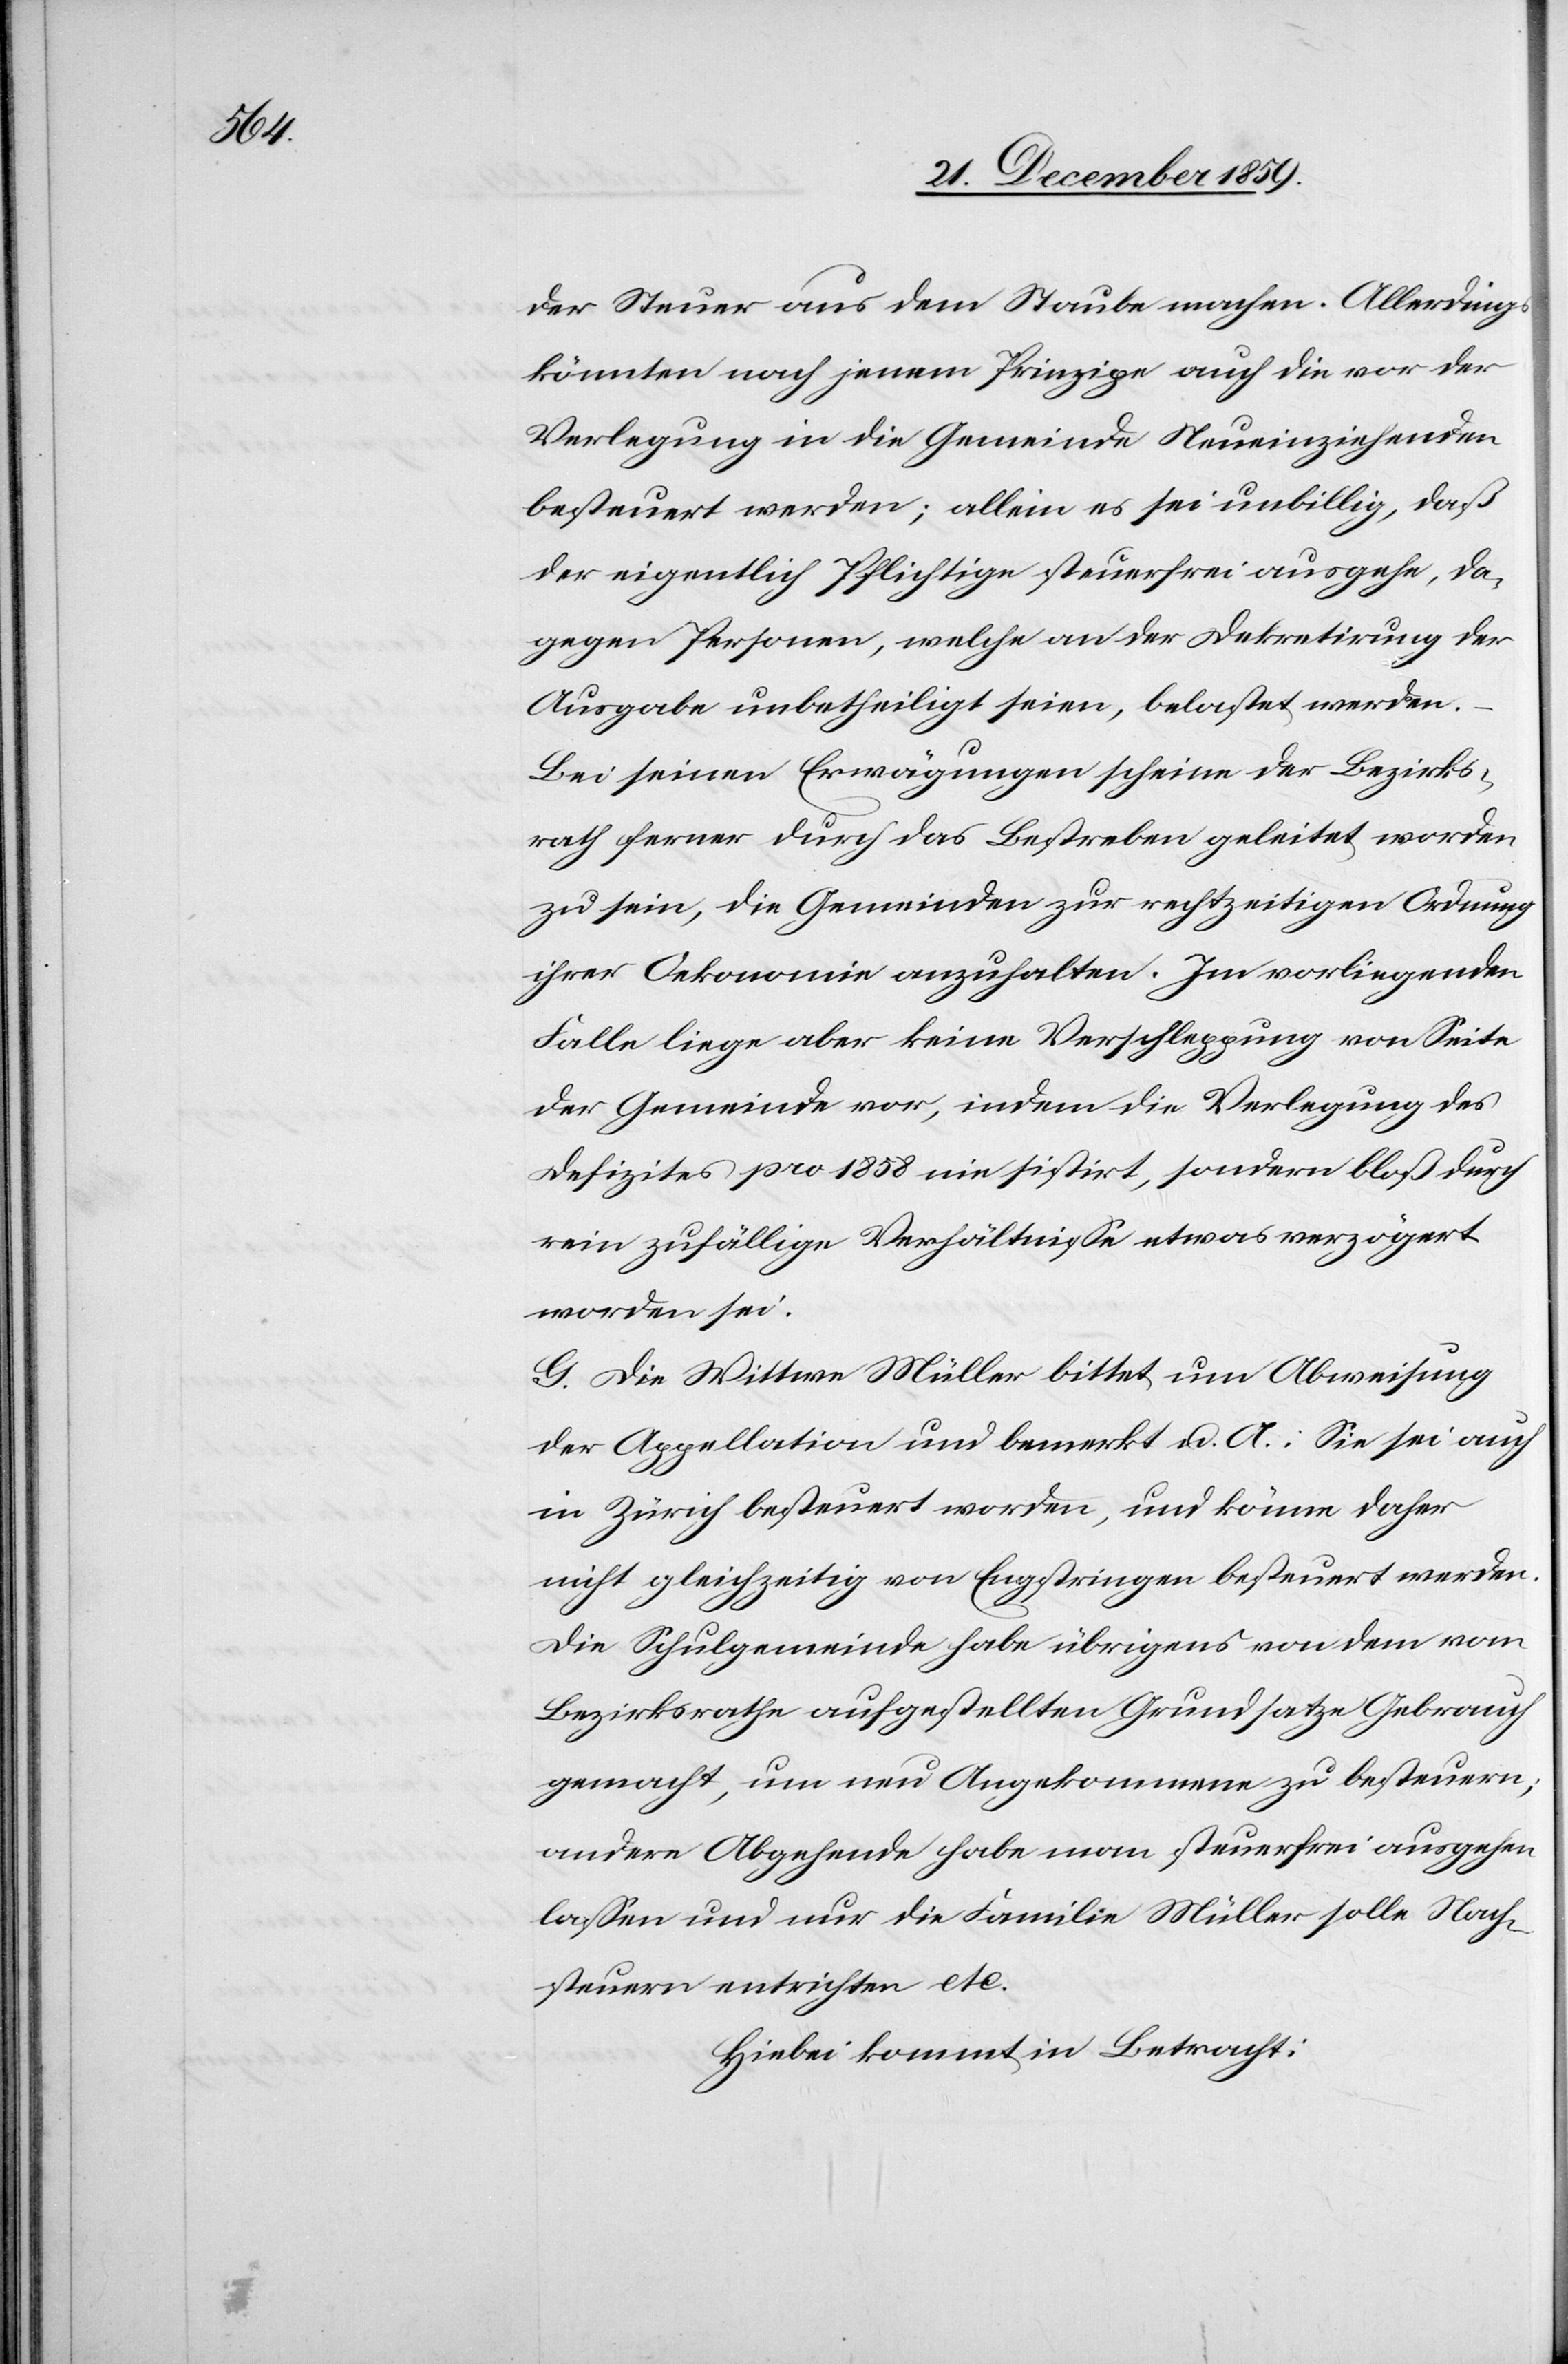
der Steuer aus dem Staube machen. Allerdings
könnten nach jenem Prinzipe auch die vor der
Verlegung in die Gemeinde Neueinziehenden
besteuert werden; allein es sei unbillig, daß
der eigentliche Pflichtige steuerfrei ausgehe, da¬
gegen Personen, welche an der Dekretirung der
Ausgabe unbetheiligt seien, belastet werden.
–
Bei seinen Erwägungen scheine der Bezirks¬
rath ferner durch das Bestreben geleitet worden
zu sein, die Gemeinden zur rechtzeitigen Ordnung
ihrer Oekonomie anzuhalten. Im vorliegenden
Falle liege aber keine Verschleppung von Seite
der Gemeinde vor, indem die Verlegung des
Defizites pro 1858 nie sistirt, sondern bloß durc¬
h zufällige Verhältnisse etwas verzögert
worden sei.
G. Die Wittwe Müller bittet um Abweisung
der Appellation und bemerkt u. A.: Sie sei auch
in Zürich besteuert worden, und könne daher
nicht gleichzeitig von Engstringen besteuert werden.
Die Schulgemeinde habe übrigens von dem vom
Bezirksrathe aufgestellten Grundsatze Gebrauch
gemacht, um neu Angekommene zu besteuern;
andere Abgehende habe man steuerfrei ausgehen
lassen und nur die Familie Müller solle Nach¬
steuern entrichten etc.
Hiebei kommt in Betracht: